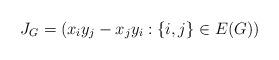
LaTeX: \begin{align*}J_G = (x_i y_j - x_j y_i : \{i,j\} \in E(G) )\end{align*}